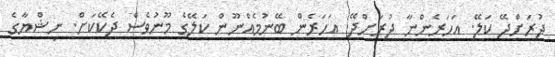
ދުރަށްދޭ ކަލޭ. އަހަރެންނާ ދުރަށްދޭ. އަހަރެން ބޭނުމެއްނޫން ކަލޭގެ މޫނުވެސް ދެކޭކަށް. ނިޝްޔާގެ